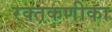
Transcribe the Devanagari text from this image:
रक्तकणीका